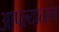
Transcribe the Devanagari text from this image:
आपल्यातलेच